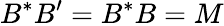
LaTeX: B^{*}B^{\prime}=B^{*}B=M